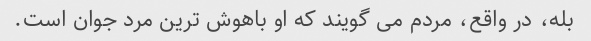
بله، در واقع، مردم می گویند که او باهوش ترین مرد جوان است.